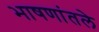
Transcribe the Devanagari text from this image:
भाषणांतले